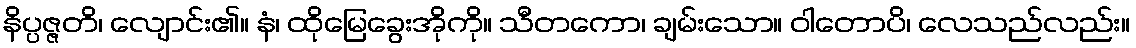
နိပ္ပဇ္ဇတိ၊ လျောင်း၏။ နံ၊ ထိုမြေခွေးအိုကို။ သီတကော၊ ချမ်းသော။ ဝါတောပိ၊ လေသည်လည်း။